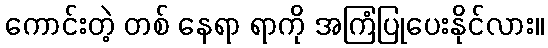
ကောင်းတဲ့ တစ် နေရာ ရာကို အကြံပြုပေးနိုင်လား။